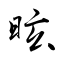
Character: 昡